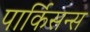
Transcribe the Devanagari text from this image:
पार्किसन्स